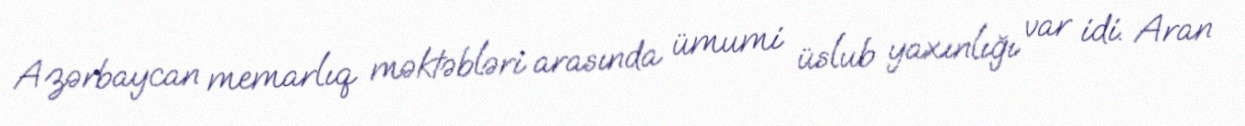
Azərbaycan memarlıq məktəbləri arasında ümumi üslub yaxınlığı var idi. Aran